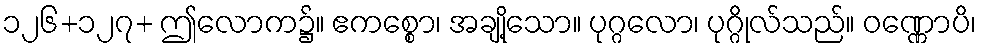
၁၂၆+၁၂၇+ ဤလောက၌။ ဧကစ္စော၊ အချို့သော။ ပုဂ္ဂလော၊ ပုဂ္ဂိုလ်သည်။ ဝဏ္ဏောပိ၊